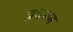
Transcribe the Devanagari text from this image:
प्रथमन